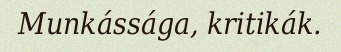
Munkássága, kritikák.